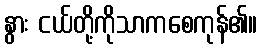
နွား ငယ်တို့ကိုသာကစေကုန်၏။